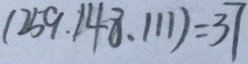
( 2 5 9 , 1 4 8 , 1 1 1 ) = 3 7